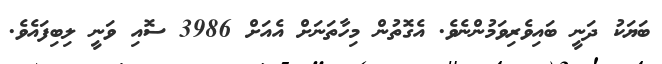
ބަޔަކު ދަނީ ބައިވެރިވަމުންނެވެ. އެގޮތުން މިހާތަނަށް އެއަށް 3986 ސޮއި ވަނީ ލިބިފައެވެ.